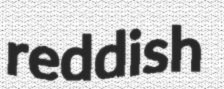
reddish